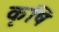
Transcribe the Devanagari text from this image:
कृषि